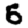
Digit: 5